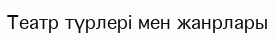
Театр түрлері мен жанрлары